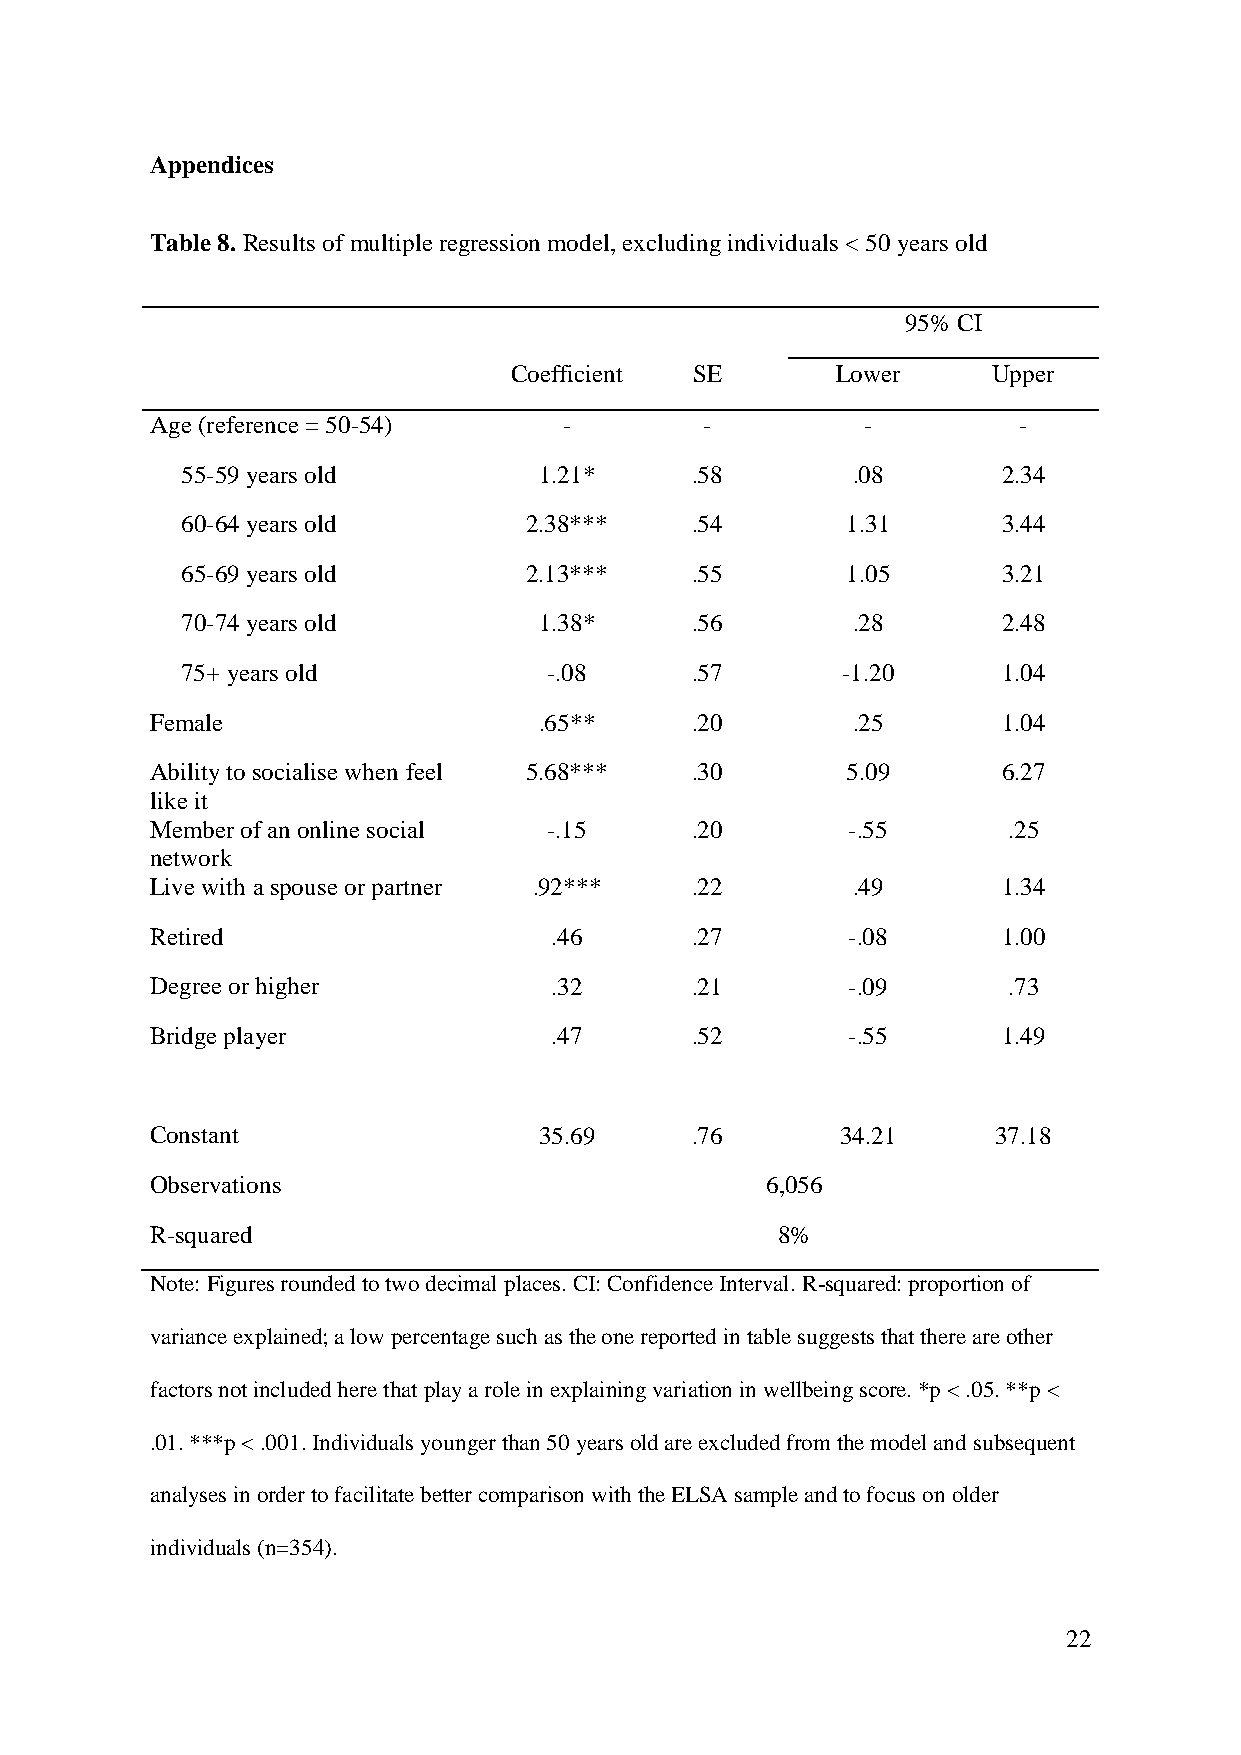
Appendices
 Table 8. Results of multiple regression model, excluding individuals < 50 years old
 95% CI
 Coefficient SE       Lower      Upper
 Age (reference = 50-54)    -         -         -         -
 55-59 years old         1.21*     .58       .08       2.34
 60-64 years old        2.38***    .54       1.31      3.44
 65-69 years old        2.13***    .55       1.05      3.21
 70-74 years old         1.38*     .56       .28       2.48
 75+ years old           -.08      .57       -1.20     1.04
 Female                    .65**     .20       .25       1.04
 Ability to socialise when feel 5.68*** .30    5.09      6.27
 like it
 Member of an online social -.15     .20       -.55       .25
 network
 Live with a spouse or partner .92*** .22      .49       1.34
 Retired                   .46       .27       -.08      1.00
 Degree or higher          .32       .21       -.09       .73
 Bridge player             .47       .52       -.55      1.49
 Constant                  35.69     .76       34.21     37.18
 Observations                             6,056
 R-squared                                8%
 Note: Figures rounded to two decimal places. CI: Confidence Interval. R-squared: proportion of
 variance explained; a low percentage such as the one reported in table suggests that there are other
 factors not included here that play a role in explaining variation in wellbeing score. *p < .05. **p <
 .01. ***p < .001. Individuals younger than 50 years old are excluded from the model and subsequent
 analyses in order to facilitate better comparison with the ELSA sample and to focus on older
 individuals (n=354).
 22